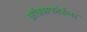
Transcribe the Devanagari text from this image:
ऑक्सफोर्डला